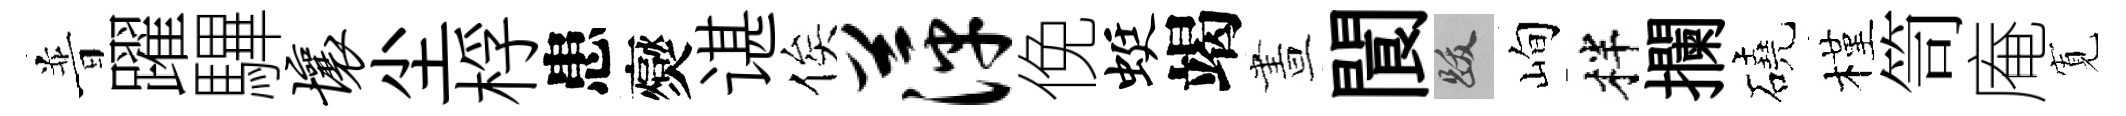
普躍驆壤尘桴患爕谌俟萍俛蜓竭晝閬跋峋柈攔磽槿笥庵𡩖